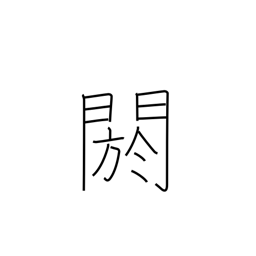
Meaning: conceal